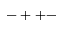
- + + -